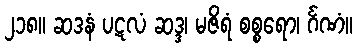
၂၁၈။ ဆဒနံ ပဋလံ ဆဒ္ဒ၊ မဇိရံ စစ္စရော၊ င်္ဂဏံ။